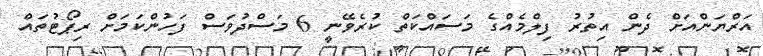
އަރްޔަންއަށް ދެން އިތުރު ފިލްމެއްގެ މަސައްކަތް ކުރެވޭނީ 6 މަސްދުވަސް ފަހުންކަމަށް ރިޕޯޓުތައް